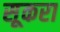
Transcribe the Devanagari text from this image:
सूकरा